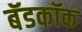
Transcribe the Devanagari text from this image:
बॅडकॉक